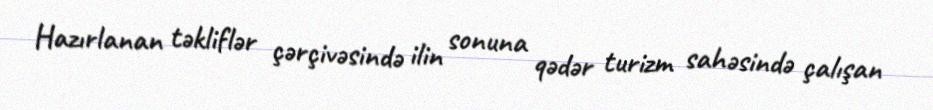
Hazırlanan təkliflər çərçivəsində ilin sonuna qədər turizm sahəsində çalışan